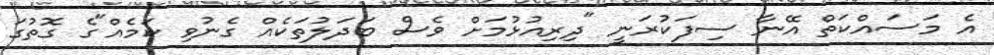
އެ މަސައްކަތް އޭނާ ސިފަކުރަނީ "ދިރިއުޅުމަށް ވެސް ބަދަލުތަކެއް ގެނުވި ކަމެއް"ގެ ގޮތުގަ